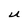
Character: U